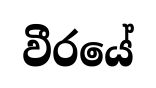
වීරයේ